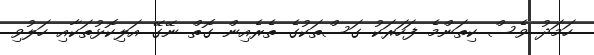
ހަމަދު ވެސް ކިތަންމެ ފަހަރަކު ގަސްތަކުގެ ތެރެއިން ގޮތް ނޭގޭ އަލިކޮޅުތަކާއި ހަލުވި